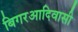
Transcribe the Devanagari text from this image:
बिगरआदिवासी